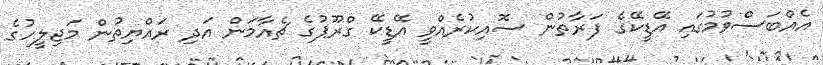
އެއްބަސްވުމުގައި އޭޑީކޭގެ ފަރާތުން ސޮއިކުރެއްވީ އޭޑީކޭ ގްރޫޕުގެ ޗެއާމަން އަދި ރައްޔިތުން މަޖިލީހުގެ